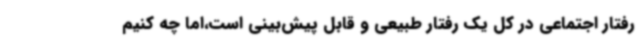
رفتار اجتماعی در کل یک رفتار طبیعی و قابل پیش‌بینی است،اما چه کنیم